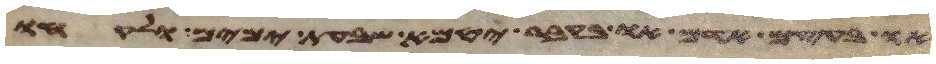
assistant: או בעצם אדם או בקבר יטמא שבעת ימים ולקחו